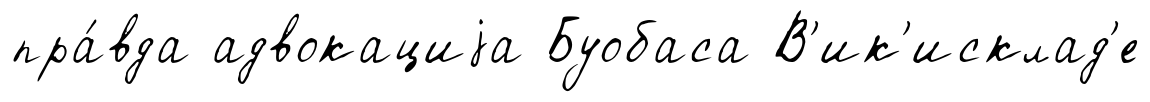
пра́вда адвокациjа Буобаса В'ик'исклад'е